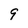
Character: 9